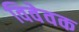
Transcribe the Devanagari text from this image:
विवेवक